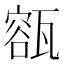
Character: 㼸